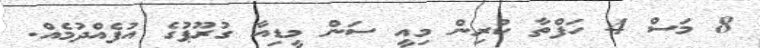
8 މަސް 4 ހަފްތާ ކުރިން މިއީ ސަން މީޑިއާ ގުރޫޕުގެ އުފެއްދުމެއް.